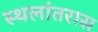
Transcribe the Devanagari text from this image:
स्थलांतरास